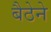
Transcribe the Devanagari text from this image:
बैठेने